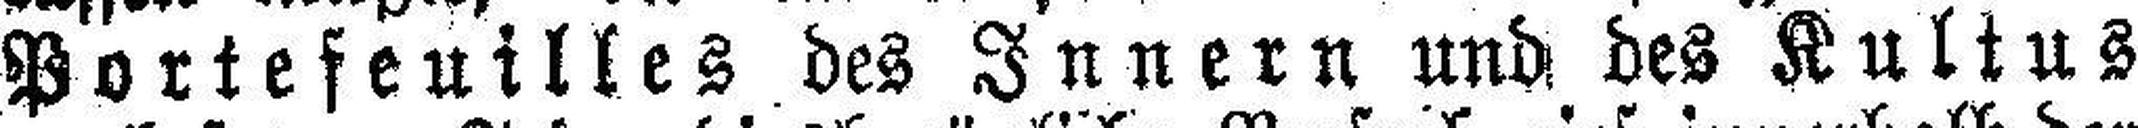
Portefeuilles des Innern und des Kultus